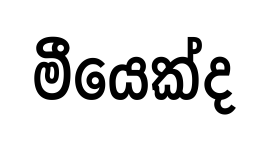
මීයෙක්ද